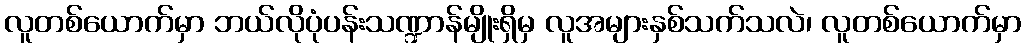
လူတစ်ယောက်မှာ ဘယ်လိုပုံပန်းသဏ္ဍာန်မျိုးရှိမှ လူအများနှစ်သက်သလဲ၊ လူတစ်ယောက်မှာ